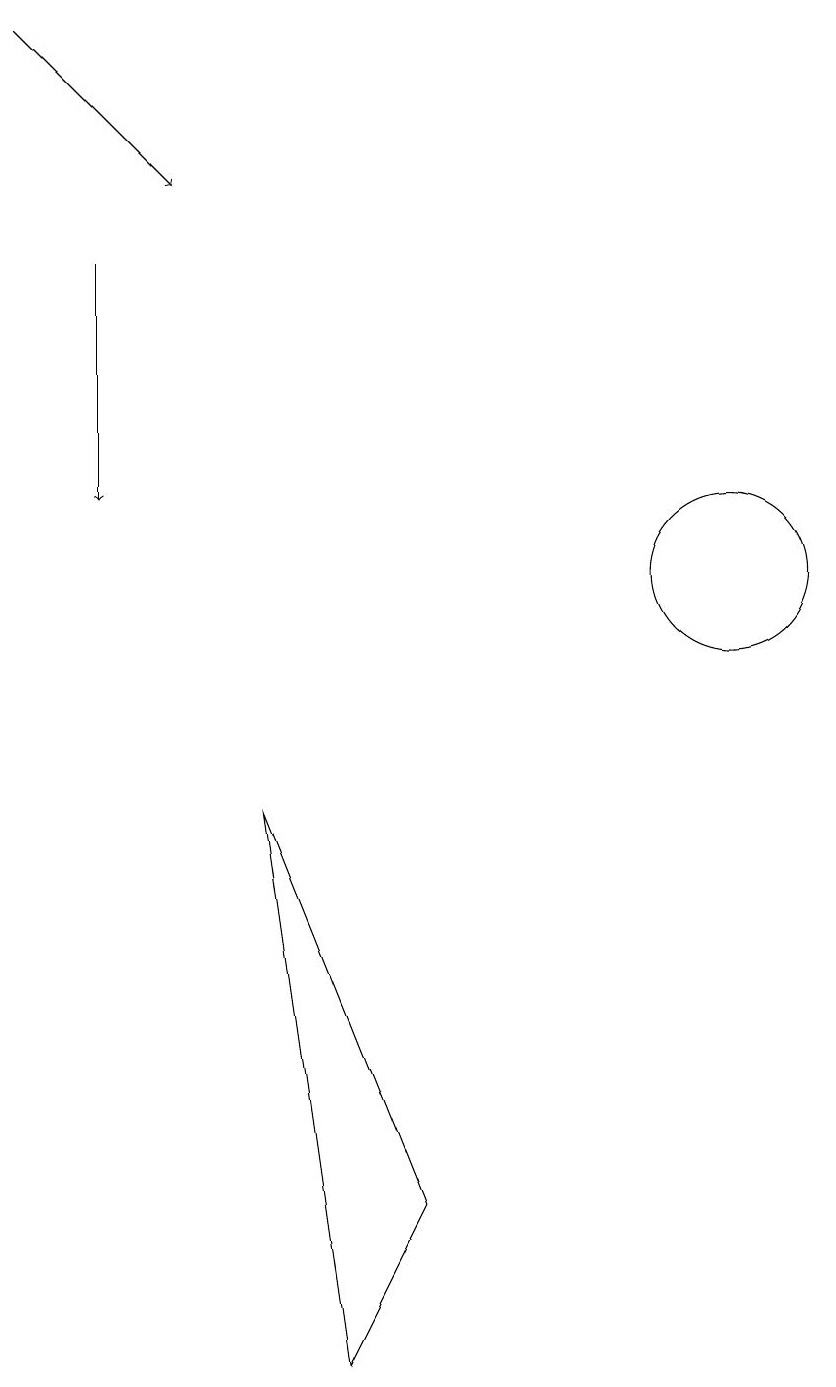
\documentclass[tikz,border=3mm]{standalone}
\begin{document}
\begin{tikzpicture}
\draw[->] (2,15) -- (2,12);
\draw (4,8) -- (6,3) -- (5,1) -- cycle;
\draw (10,11) circle (1);
\draw[->] (1,18) -- (3,16);
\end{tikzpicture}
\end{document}